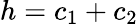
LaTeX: h=c_{1}+c_{2}